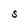
Character: S